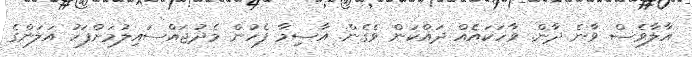
އާލާވެސް ވާނެ ދާން. ވާހަކައެއް ދައްކަން ވެގެން. އާސިމާ ފެހުން މެދުޖައްސައިލުމަށްފަހު އަލަންގެ